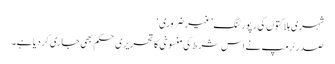
شہری ہلاکتوں کی رپورٹنگ ’غیر ضروری‘
صدر ٹرمپ نے اس شرط کی منسوخی کا تحریری حکم بھی جاری کر دیا ہے۔